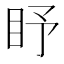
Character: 𥄛